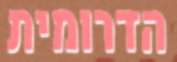
הדרומית